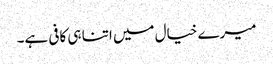
میرے خیال میں اتنا ہی کافی ہے۔